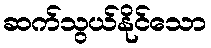
ဆက်သွယ်နိုင်သော